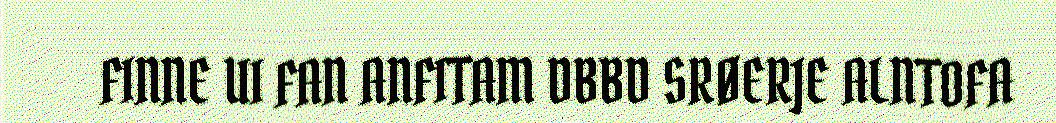
FINNE UI FAN ANFITAM DBBD SRØERJE ALNTOFA